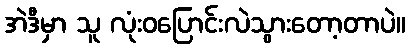
အဲဒီမှာ သူ လုံးဝပြောင်းလဲသွားတော့တာပဲ။